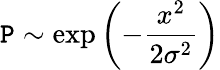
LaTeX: \mathtt{P}\sim\exp\left(-\frac{{x^{2}}}{{2\sigma^{2}}}\right)